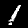
Digit: 1